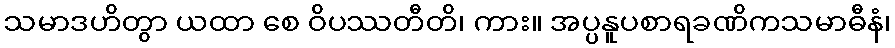
သမာဒဟိတွာ ယထာ စေ ဝိပဿတီတိ၊ ကား။ အပ္ပနူပစာရခဏိကသမာဓီနံ၊